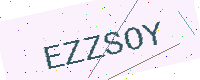
Text: EZZSOY